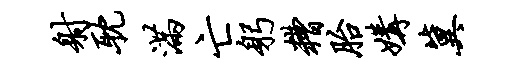
射耽满亡躬糟胎媾冀